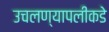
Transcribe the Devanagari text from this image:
उचलण्यापलीकडे